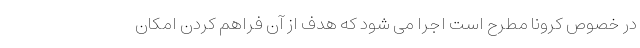
در خصوص کرونا مطرح است اجرا می ‌شود که هدف از آن فراهم کردن امکان